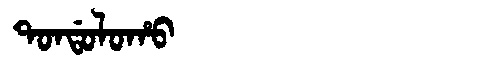
Manchu: ᡨᠣᠨᡩᠣᠯᠣᡥᠣ
Romanization: TONDOLOHO